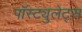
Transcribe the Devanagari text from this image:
पॉस्ट्युलेट्स